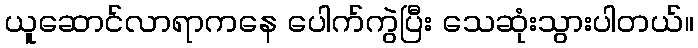
ယူဆောင်လာရာကနေ ပေါက်ကွဲပြီး သေဆုံးသွားပါတယ်။